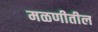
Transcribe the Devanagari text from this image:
मळणीतील